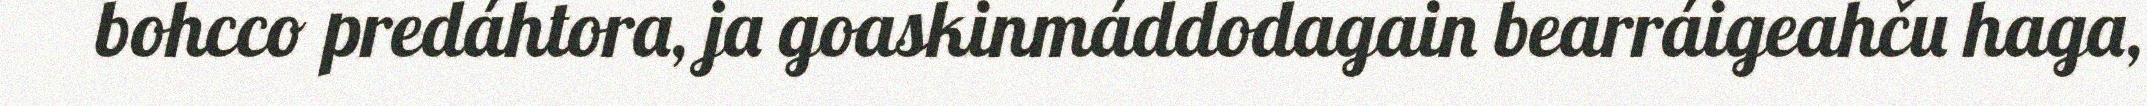
bohcco predáhtora, ja goaskinmáddodagain bearráigeahču haga,